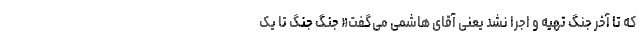
که تا آخر جنگ تهیه و اجرا نشد یعنی آقای هاشمی می‌گفت« جنگ جنگ تا یک